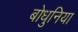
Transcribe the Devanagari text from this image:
बोधुनिया